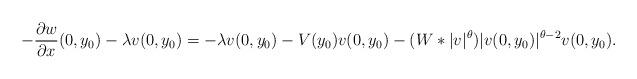
LaTeX: \begin{align*} -\frac{\partial w}{\partial x} (0,y_0) -\lambda v(0,y_0)= -\lambda v(0,y_0)-V(y_0) v(0,y_0) - (W*|v|^\theta)|v(0,y_0)|^{\theta -2}v(0,y_0).\end{align*}